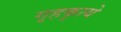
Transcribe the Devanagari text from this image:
गृहकृत्ये